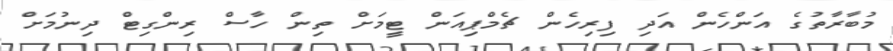
މުބާރާތުގެ އަންހެން އަދި ފިރިހެން ޗެމްޕިއަން ޓީމަށް ތިން ހާސް ރިންގިޓް ދިނުމަށް